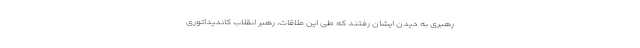
رهبری به دیدن ایشان رفتند که طی این ملاقات، رهبر انقلاب کاندیداتوری